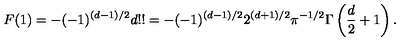
F ( 1 ) = - ( - 1 ) ^ { ( d - 1 ) / 2 } d ! ! = - ( - 1 ) ^ { ( d - 1 ) / 2 } 2 ^ { ( d + 1 ) / 2 } \pi ^ { - 1 / 2 } \Gamma \left( { \frac { d } { 2 } } + 1 \right) .